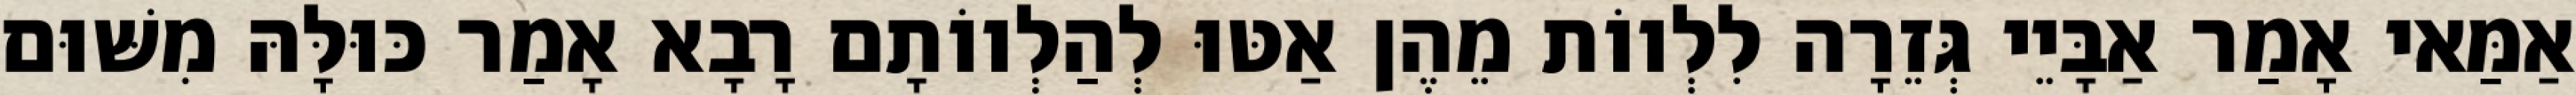
אַמַּאי אָמַר אַבָּיֵי גְּזֵרָה לִלְווֹת מֵהֶן אַטּוּ לְהַלְווֹתָם רָבָא אָמַר כּוּלָּהּ מִשּׁוּם